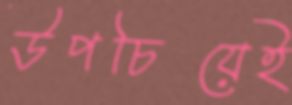
উপচিয়েই